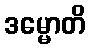
ဒမ္မောတိ